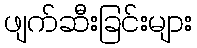
ဖျက်ဆီးခြင်းများ